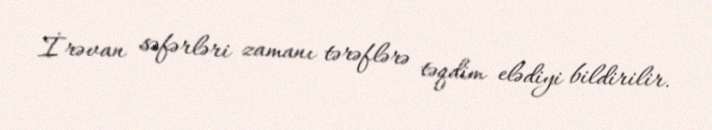
İrəvan səfərləri zamanı tərəflərə təqdim elədiyi bildirilir.